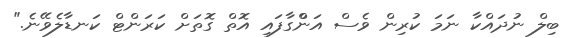
ބިލް ނުދައްކާ ނަމަ ކުރިން ވެސް އަންްގާފައި އޮތް ގޮތަށް ކަރަންޓް ކަނޑާލެވޭނެ."